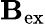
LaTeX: \mathbf{B}_{\mathrm{ex}}